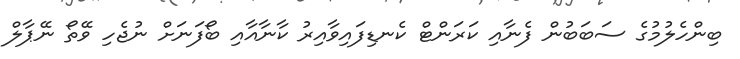
ބިންހެލުމުގެ ސަބަބުން ފެނާއި ކަރަންޓް ކެނޑިފައިވާއިރު ކާނާއާއި ބޯފަނަށް ނުޖެހި ވޭތޯ ނޭޕާލް